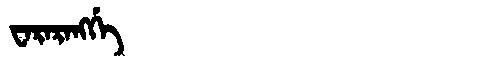
Manchu: ᠸᠠᡵᠠᡵᠠᠩᡤᡝ
Romanization: WARARANGGE